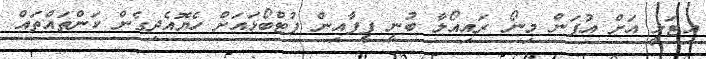
އިޓަލީ އަށް އުފަން މިނޯ ރައިއޯލާ ބުނީ ފީފާއިން ފުޓްބޯޅައަށް ހެޔޮއެދިގެން ކަންތައްތައް